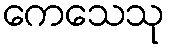
ကေသေသု